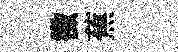
徵蕉